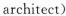
architect)